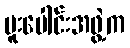
ပူးပေါင်းအဖွဲ့က